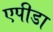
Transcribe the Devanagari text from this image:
एपीडा